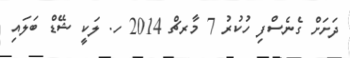
ދަށަށް ގެނެސްފި ހުކުރު 7 މާރޗް 2014 ހ. ލަކީ ޝޭޑް ބަލައި